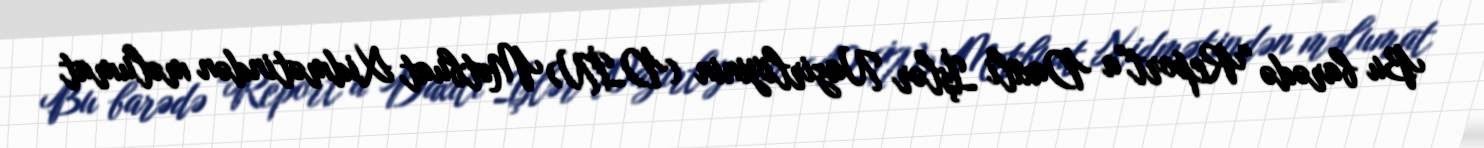
Bu barədə "Report"a Daxili İşlər Nazirliyinin (DİN) Mətbuat Xidmətindən məlumat